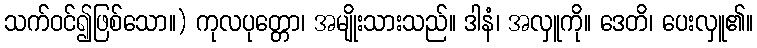
သက်ဝင်၍ဖြစ်သော။) ကုလပုတ္တော၊ အမျိုးသားသည်။ ဒါနံ၊ အလှူကို။ ဒေတိ၊ ပေးလှူ၏။